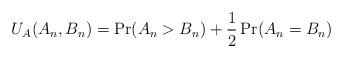
LaTeX: \begin{align*}U_{A}(A_{n},B_{n}) = \Pr(A_{n}>B_{n}) + \frac{1}{2}\Pr(A_{n}=B_{n})\end{align*}